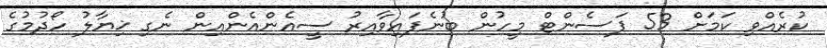
ކުރެއްވި ކަމަށް 53 ޕަސެންޓް މީހުން ބުނެފައިވާއިރު ސީއެންއެންއިން ނެގި ޚިޔާލު ހޯދުމުގެ